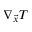
\nabla _ { \vec { x } } T